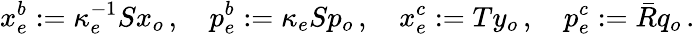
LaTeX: x_{e}^{b}:=\kappa_{e}^{-1}Sx_{o}\, ,\quad p_{e}^{b}:=\kappa_{e}Sp_{o}\, ,\quad x_{e}^{c}:=Ty_{o}\, ,\quad p_{e}^{c}:=\bar{R}q_{o}\, .